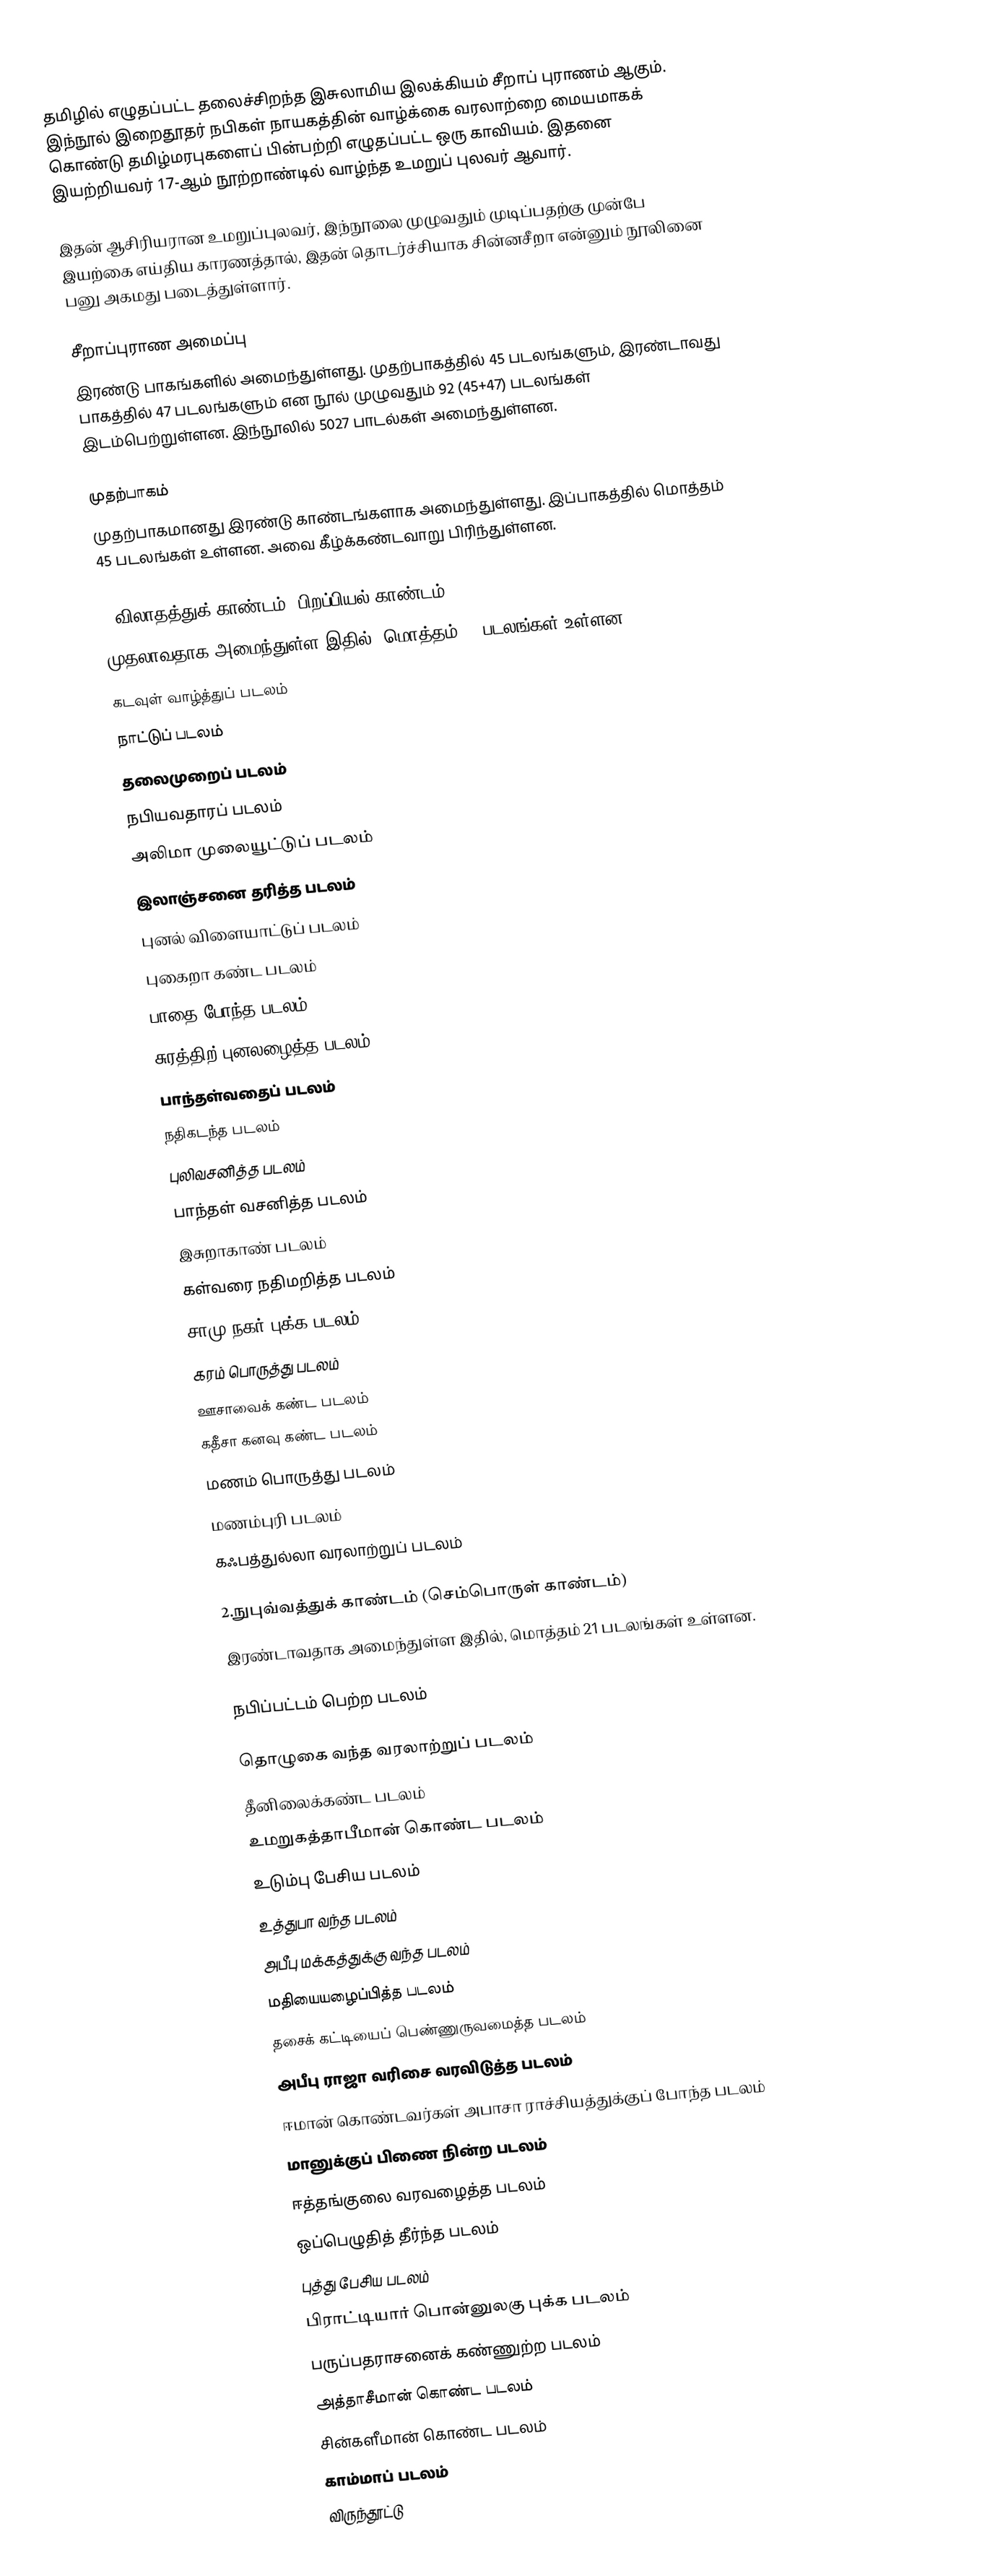
தமிழில் எழுதப்பட்ட தலைச்சிறந்த இசுலாமிய இலக்கியம்  சீறாப் புராணம் ஆகும். இந்நூல் இறைதூதர் நபிகள் நாயகத்தின் வாழ்க்கை வரலாற்றை மையமாகக் கொண்டு தமிழ்மரபுகளைப் பின்பற்றி எழுதப்பட்ட ஒரு காவியம். இதனை இயற்றியவர் 17-ஆம் நூற்றாண்டில் வாழ்ந்த உமறுப் புலவர் ஆவார்.

இதன் ஆசிரியரான உமறுப்புலவர், இந்நூலை முழுவதும் முடிப்பதற்கு முன்பே இயற்கை எய்திய காரணத்தால், இதன் தொடர்ச்சியாக சின்னசீறா என்னும் நூலினை பனு அகமது படைத்துள்ளார்.

சீறாப்புராண அமைப்பு
இரண்டு பாகங்களில் அமைந்துள்ளது. முதற்பாகத்தில் 45 படலங்களும், இரண்டாவது பாகத்தில் 47 படலங்களும் என நூல் முழுவதும் 92 (45+47) படலங்கள் இடம்பெற்றுள்ளன. இந்நூலில் 5027 பாடல்கள் அமைந்துள்ளன.

முதற்பாகம்
முதற்பாகமானது இரண்டு காண்டங்களாக அமைந்துள்ளது. இப்பாகத்தில் மொத்தம் 45 படலங்கள் உள்ளன. அவை கீழ்க்கண்டவாறு பிரிந்துள்ளன.

1.விலாதத்துக் காண்டம் (பிறப்பியல் காண்டம்)
முதலாவதாக அமைந்துள்ள இதில், மொத்தம் 24 படலங்கள் உள்ளன....................
கடவுள் வாழ்த்துப் படலம்
நாட்டுப் படலம்
தலைமுறைப் படலம்
நபியவதாரப் படலம்
அலிமா முலையூட்டுப் படலம்
இலாஞ்சனை தரித்த படலம்
புனல் விளையாட்டுப் படலம்
புகைறா கண்ட படலம்
பாதை போந்த படலம்
சுரத்திற் புனலழைத்த படலம்
பாந்தள்வதைப் படலம்
நதிகடந்த படலம்
புலிவசனித்த படலம்
பாந்தள் வசனித்த படலம்
இசுறாகாண் படலம்
கள்வரை நதிமறித்த படலம்
சாமு நகர் புக்க படலம்
கரம் பொருத்து படலம்
ஊசாவைக் கண்ட படலம்
கதீசா கனவு கண்ட படலம்
மணம் பொருத்து படலம்
மணம்புரி படலம்
கஃபத்துல்லா வரலாற்றுப் படலம்

2.நுபுவ்வத்துக் காண்டம் (செம்பொருள் காண்டம்)
இரண்டாவதாக அமைந்துள்ள இதில், மொத்தம் 21 படலங்கள் உள்ளன.

நபிப்பட்டம் பெற்ற படலம்

தொழுகை வந்த வரலாற்றுப் படலம்
தீனிலைக்கண்ட படலம்
உமறுகத்தாபீமான் கொண்ட படலம்
உடும்பு பேசிய படலம்
உத்துபா வந்த படலம்
அபீபு மக்கத்துக்கு வந்த படலம்
மதியையழைப்பித்த படலம்
தசைக் கட்டியைப் பெண்ணுருவமைத்த படலம்
அபீபு ராஜா வரிசை வரவிடுத்த படலம்
ஈமான் கொண்டவர்கள் அபாசா ராச்சியத்துக்குப் போந்த படலம்
மானுக்குப் பிணை நின்ற படலம்
ஈத்தங்குலை வரவழைத்த படலம்
ஒப்பெழுதித் தீர்ந்த படலம்
புத்து பேசிய படலம்
பிராட்டியார் பொன்னுலகு புக்க படலம்
பருப்பதராசனைக் கண்ணுற்ற படலம்
அத்தாசீமான் கொண்ட படலம்
சின்களீமான் கொண்ட படலம்
காம்மாப் படலம்
விருந்தூட்டு